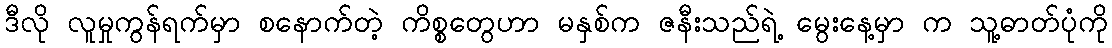
ဒီလို လူမှုကွန်ရက်မှာ စနောက်တဲ့ ကိစ္စတွေဟာ မနှစ်က ဇနီးသည်ရဲ့ မွေးနေ့မှာ က သူ့ဓာတ်ပုံကို